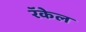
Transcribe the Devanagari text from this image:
रॅकेल